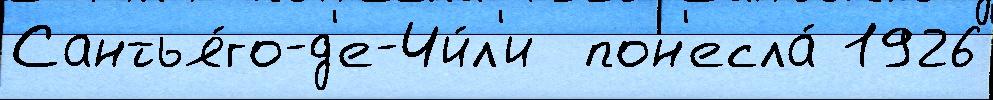
Сантья́го-д'е-Чи́л'и  пон'есла́ 1926